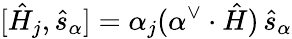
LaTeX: [\hat{H}_{j},\hat{s}_{\alpha}]=\alpha_{j}(\alpha^{\vee}\cdot\hat{H})\thinspace\hat{s}_{\alpha}